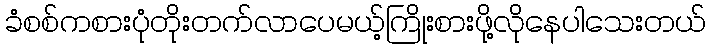
ခံစစ်ကစားပုံတိုးတက်လာပေမယ့်ကြိုးစားဖို့လိုနေပါသေးတယ်